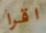
اقرا